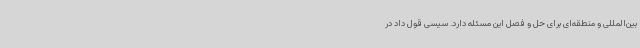
بین‌المللی و منطقه‌ای برای حل و فصل این مسئله دارد. سیسی قول داد در